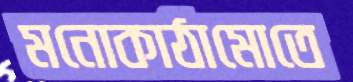
মনোকাঠামোতে